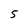
Character: 5